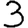
Digit: 3